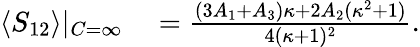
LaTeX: \begin{array}{rl}{\langle S_{12}\rangle|_{C=\infty}}&{{}=\frac{(3A_{1}+A_{3})\kappa+2A_{2}(\kappa^{2}+1)}{4(\kappa+1)^{2}}.}\end{array}